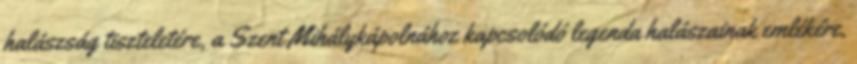
halászság tiszteletére, a Szent Mihálykápolnához kapcsolódó legenda halászainak emlékére,